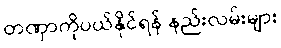
တဏှာကိုပယ်နိုင်ရန် နည်းလမ်းများ